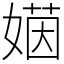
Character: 𡟻